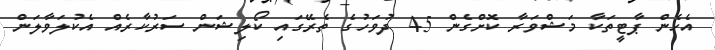
އެހެން ޕާޓީތަކާ މަޝްވަރާ ކޮށްގެން 45 ދުވަހުގެ ތެރޭގައި ކޯލިޝަން ސަރުކާރެއް އެކުލަވާލަން